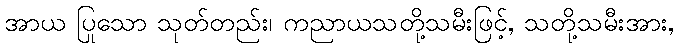
အာယ ပြုသော သုတ်တည်း၊ ကညာယသတို့သမီးဖြင့်, သတို့သမီးအား,